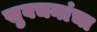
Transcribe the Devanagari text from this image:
सुवचनांचा